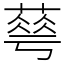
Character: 䔢